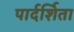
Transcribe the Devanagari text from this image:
पार्दर्शिता